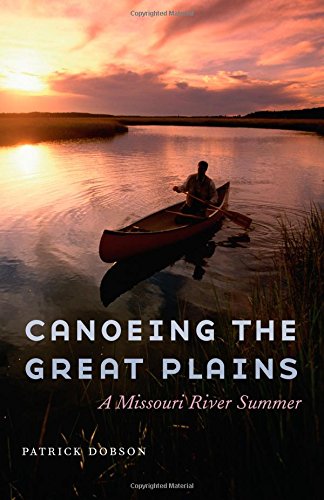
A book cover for Canoeing the Great Plains: A Missouri River Summer; Patrick Dobson; Sports & Outdoors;